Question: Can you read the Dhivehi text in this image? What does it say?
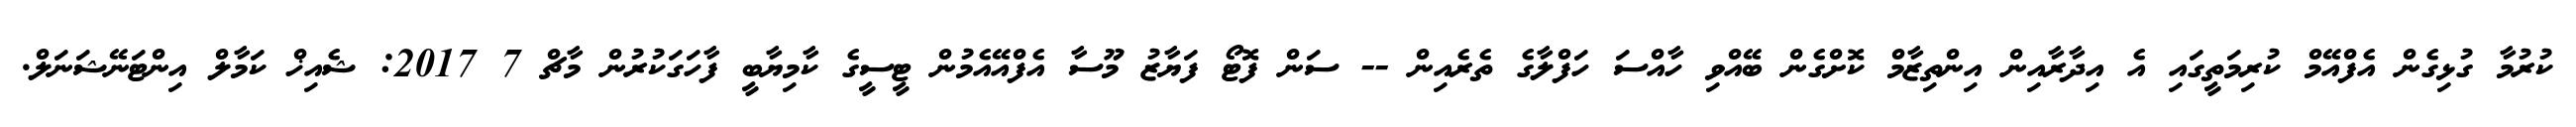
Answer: ކުރުމާ ގުޅިގެން އެފްއޭމް ކުރިމަތީގައި އެ އިދާރާއިން އިންތިޒާމް ކޮށްގެން ބޭއްވި ހާއްސަ ހަފްލާގެ ތެރެއިން -- ސަން ފޮޓޯ ފަޔާޒު މޫސާ އެފްއޭއެމުން ޓީސީގެ ކާމިޔާބީ ފާހަގަކުރުން މާޗް 7 2017: ޝެއިޚް ކަމާލް އިންޓަނޭޝަނަލް.